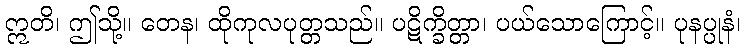
ဣတိ၊ ဤသို့။ တေန၊ ထိုကုလပုတ္တသည်။ ပဋိက္ခိတ္တာ၊ ပယ်သောကြောင့်။ ပုနပ္ပုနံ၊